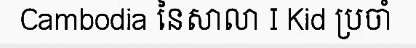
Cambodia នៃសាលា I Kid ប្រចាំ